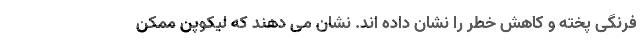
فرنگی پخته و کاهش خطر را نشان داده اند. نشان می دهند که لیکوپن ممکن